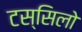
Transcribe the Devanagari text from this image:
टस्सिलो